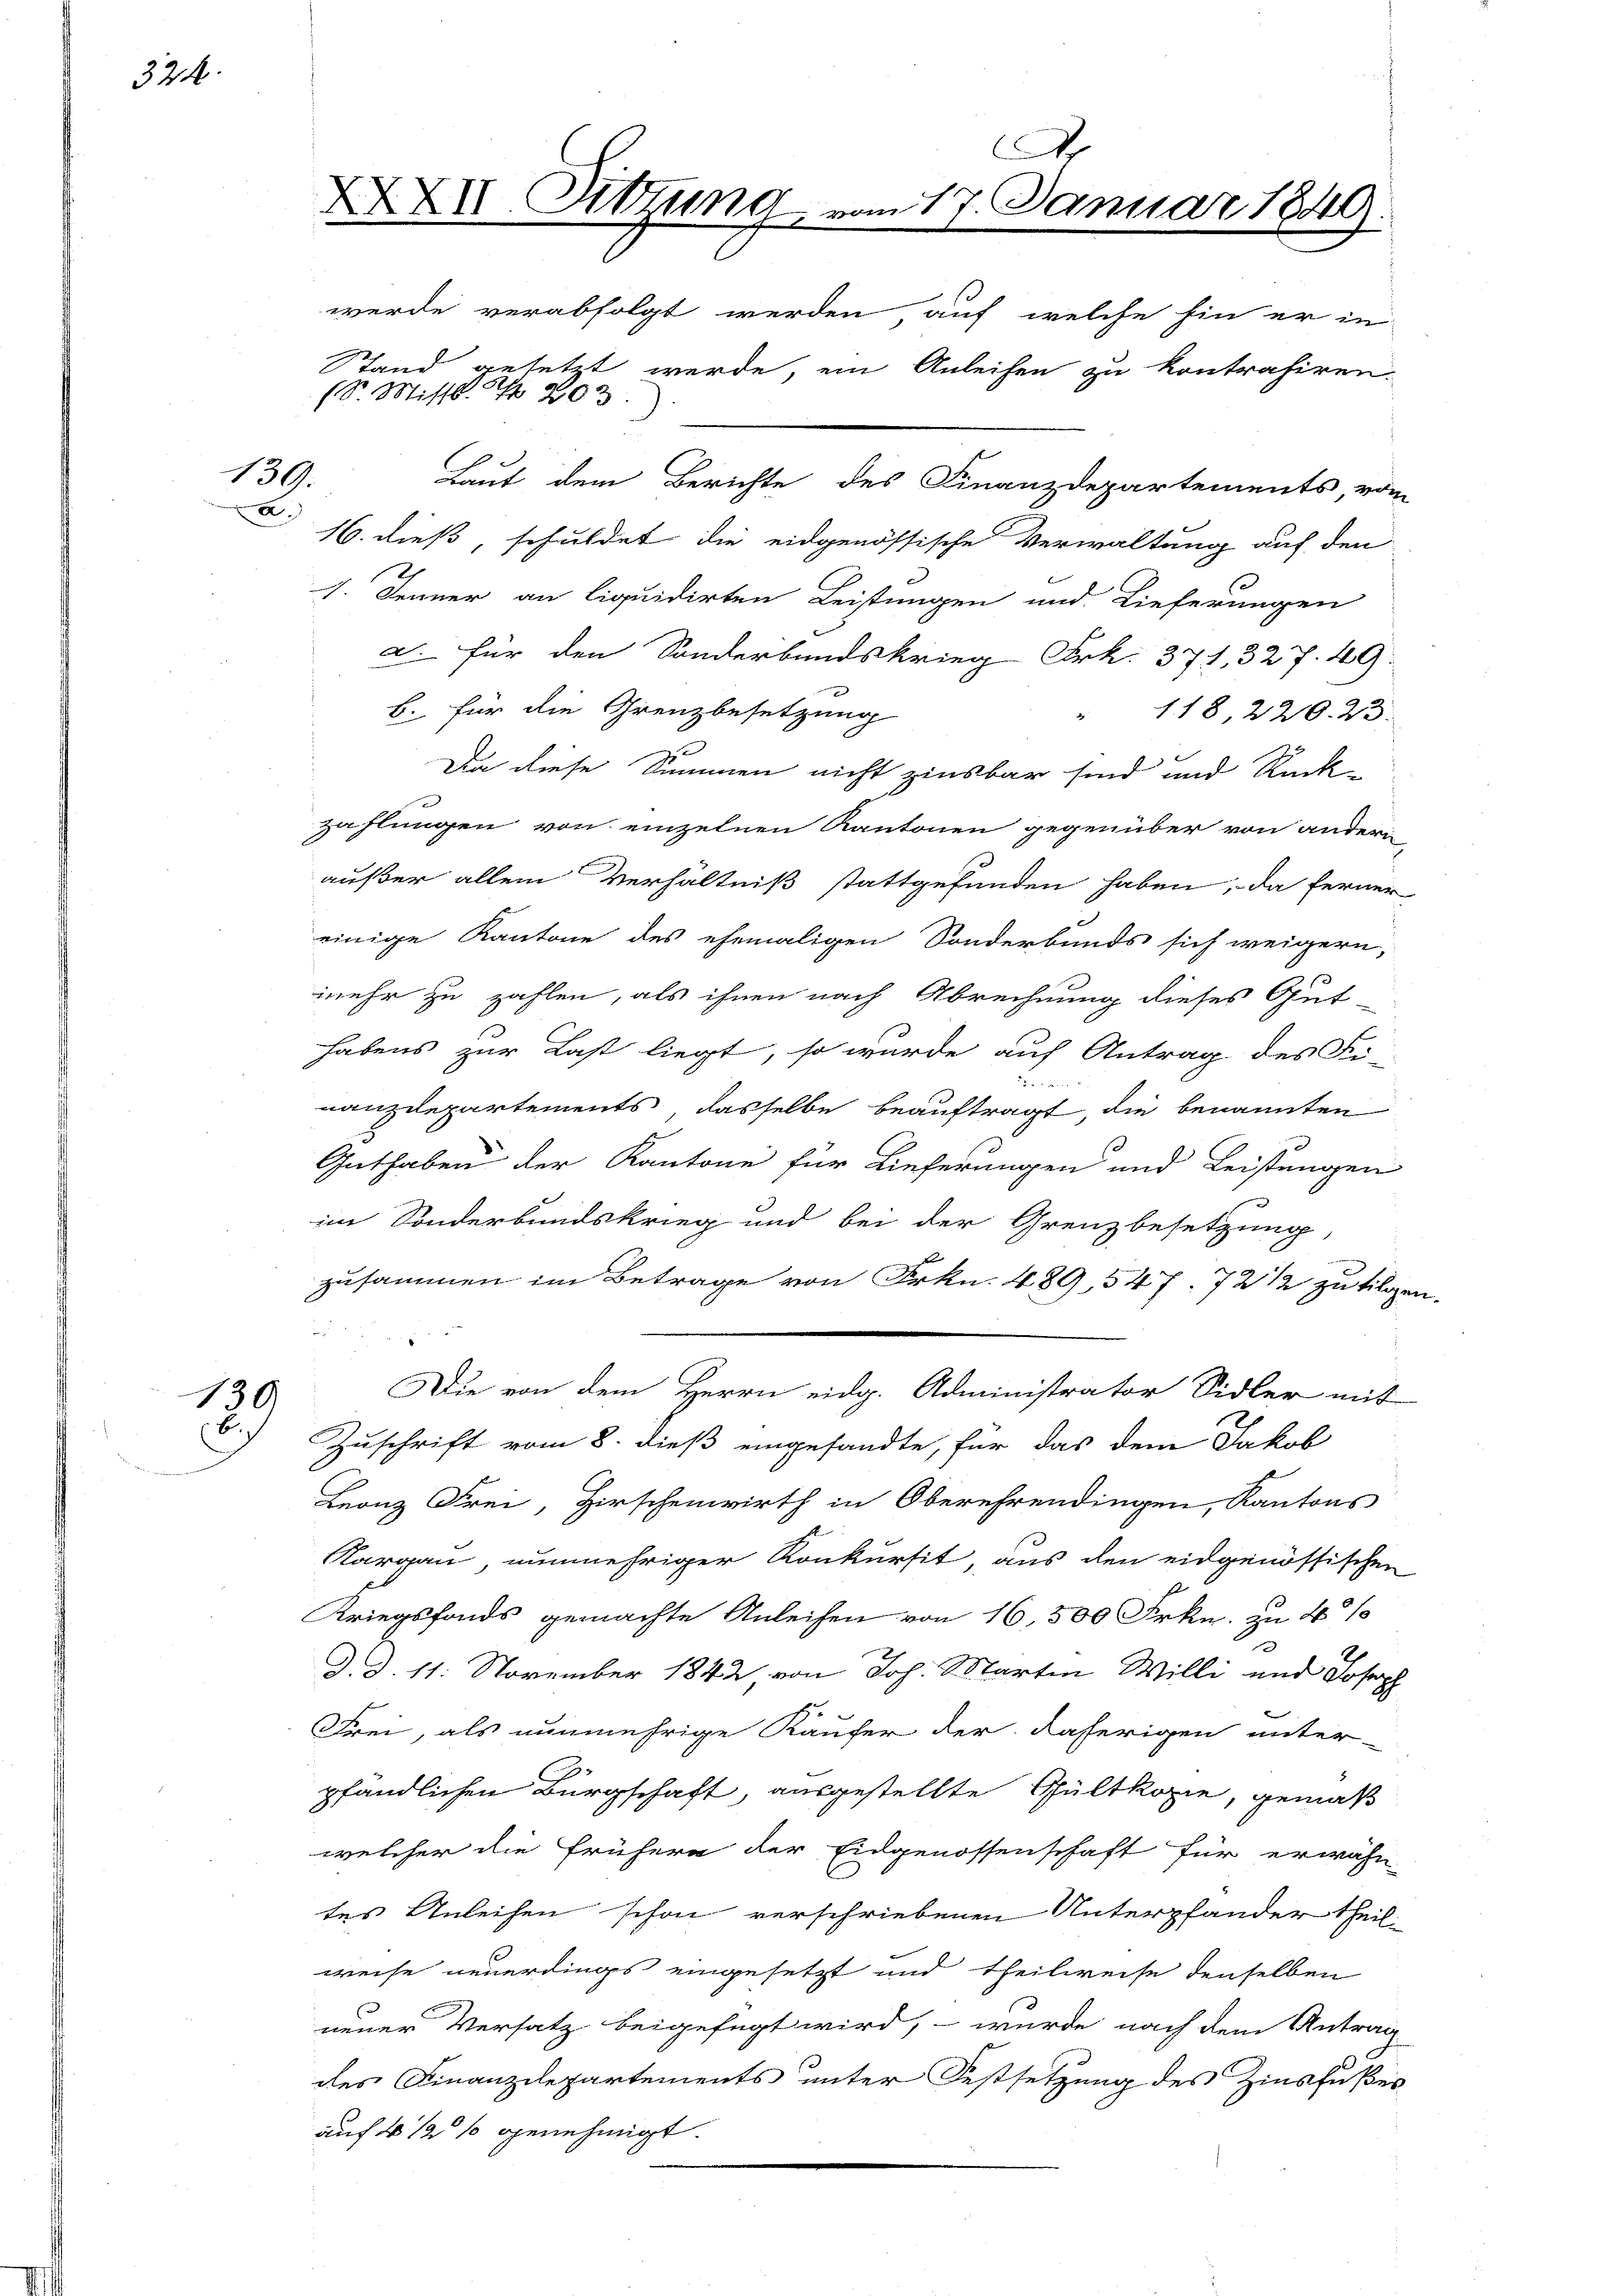
324.

139.
a

130

Ar
XXXII. Sitzung vom 17. Januar 1849.
werde verabfolgt werden, auf welche hin er in

Stand gesetzt werde, ein Anleihen zu kontrahiren.
(S. Missb. S. 203.
Laut dem Berichte des Finanzdepartements, vom

16. dieß, schuldet die eidgenössische Verwaltung auf den
1. Jenner an liquidirten Leistungen und Lieferungen
a. Für den Sonderbandskrieg Frk. 371, 327. 49.
b. für die Grenzbesetzung
118, 220. 23.
Da diese Summen nicht zinsbar sind und Rück-
zahlungen von einzelnen Kantonen gegenüber von andern
außer allein Verhältniß stattgefunden haben, da ferner
einige Kantone des ehemaligen Sonderbands sich weigern,
mehr zu zahlen, als ihnen nach Abrechnung dieses Gut-
habens zur Last liegt, so wurde auf Antrag des Fi-
nanzdepartements dasselbe beauftragt, die benannten
Guthaben der Kantone für Lieferungen und Leistungen
im Sonderbundskrieg und bei der Grenzbesetzung,
zusammen im Betrage von Frkn. 489, 547. 72 1/2 zu tilgen.
n
Die von dem Herrn eidg. Administrator Sidler mit
6.) Zuschrift vom 8. dieß eingesandte, für das dem Jakob
Leonz Frei, Hirschenwirth in Oberehrendingen, Kantons
Aargau, nunmehriger Konkursit, aus den eidgenössischen
Kriegsfonds gemachte Anleihen von 16,500 Frkn. zu 4%
d. d. 11. November 1842, von Joh. Martin Willi und Joseph
Frei, als nunmehrige Käufer der daherigen unter-
pfändlichen Bürgschaft, ausgestellte Gültkomme, gemäß
welcher die frühern der Eidgenossenschaft für erwähn-
tes Anleihen schon verschriebenen Unterpfänder theil
weise neuerdings eingesetzt und theilweise denselben
neuer Versatz beigefügt wird, – wurde nach dem Antrag
des Finanzdepartements unter Festsetzung des Zinsfußes
auf 4 1/2 % genehmigt.